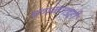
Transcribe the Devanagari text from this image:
मंगळगडही